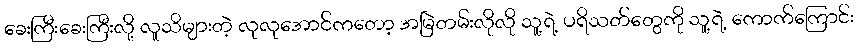
ခေးကြီးခေးကြီးလို့ လူသိများတဲ့ လုလုအောင်ကတော့ အမြဲတမ်းလိုလို သူ့ရဲ့ ပရိသတ်တွေကို သူ့ရဲ့ ကောက်ကြောင်း